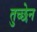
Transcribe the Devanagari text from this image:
तुच्छेन